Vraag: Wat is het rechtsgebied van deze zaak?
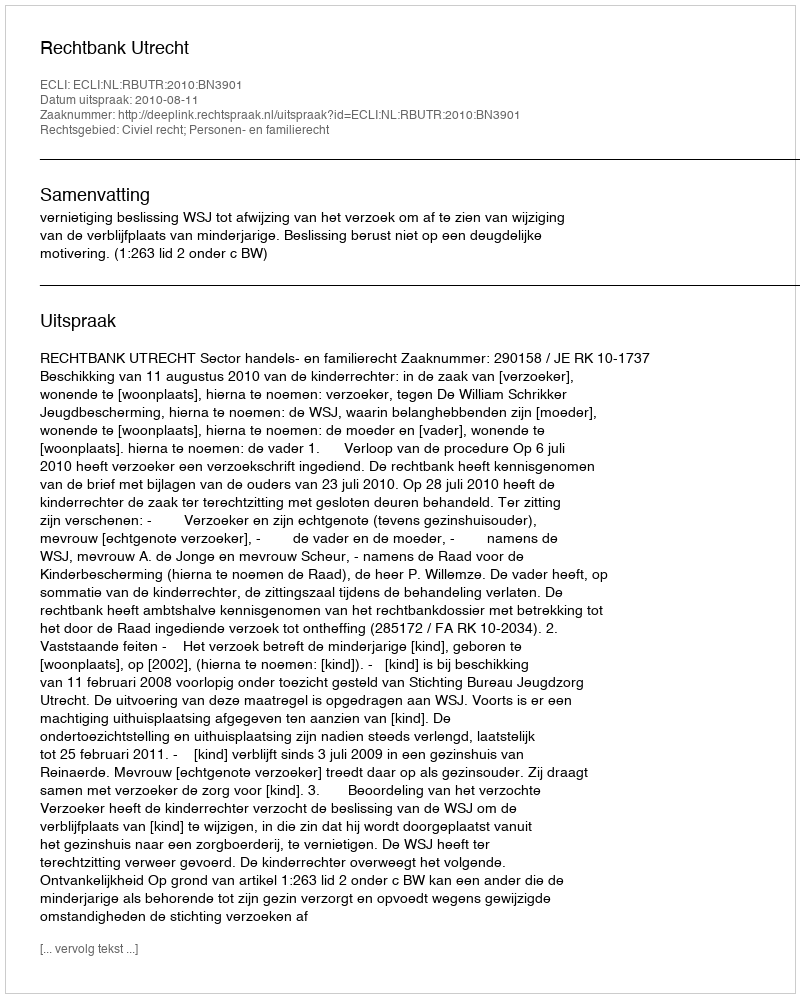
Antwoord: Civiel recht; Personen- en familierecht